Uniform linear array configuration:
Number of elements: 24
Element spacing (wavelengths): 0.5
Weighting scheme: uniform
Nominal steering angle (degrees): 15
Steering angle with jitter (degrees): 15.753
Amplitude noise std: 0.05
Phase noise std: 0.05

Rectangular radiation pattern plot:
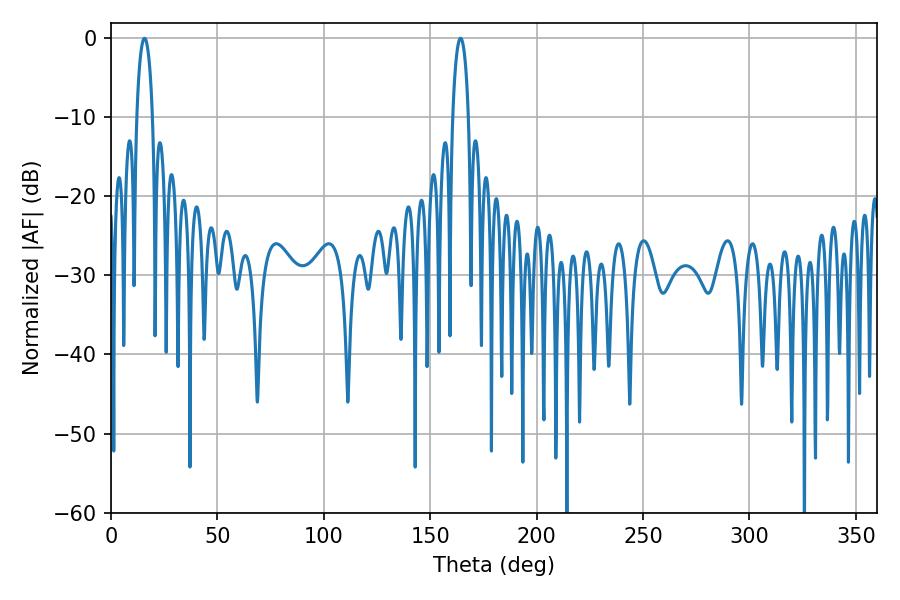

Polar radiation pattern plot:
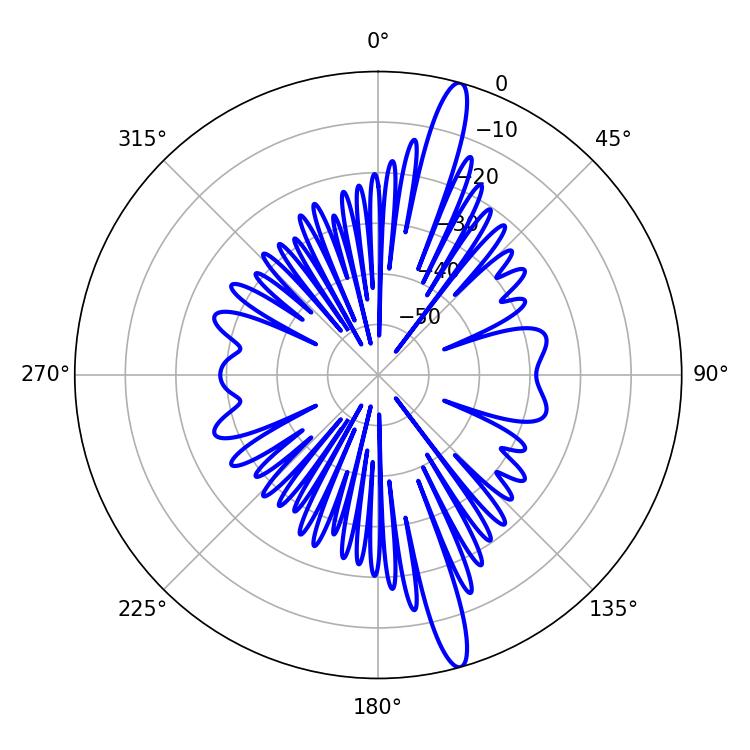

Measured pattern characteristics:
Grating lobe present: FALSE
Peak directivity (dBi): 16.311
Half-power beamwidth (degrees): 4.14
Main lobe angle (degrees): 15.66